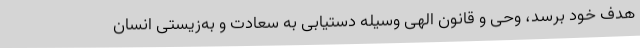
هدف خود برسد، وحی و قانون الهی وسیله دستیابی به سعادت و به‌زیستی انسان